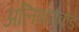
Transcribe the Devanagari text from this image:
अलिबागकडे